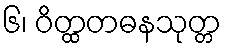
၆၊ ဝိတ္ထတဓနသုတ္တ